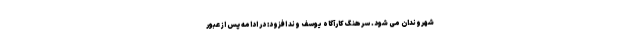
شهروندان می شود. سرهنگ کارآگاه یوسف وند افزود: در ادامه پس از عبور